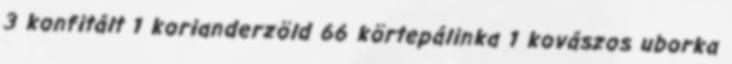
3 konfitált 1 korianderzöld 66 körtepálinka 1 kovászos uborka